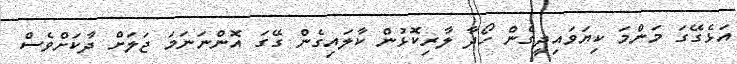
އަޅެގޭގަ މަންމަ ކިޔަވައިދީގެން ހޯދާ ލާރިކޮޅުން ކާލައިގެން ގޭގަ އޮންނަނަމަ ޖަލަށް ދާކަށްވެސް